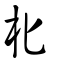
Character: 朼